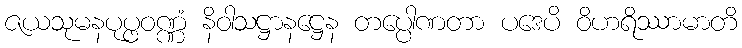
ဇယသုမနပုပ္ဖဝဏ္ဏံ နိဝါသဋ္ဌာနဋ္ဌေန တပ္ပေါဏတာ ပဒေပိ ဝိဟရိဿာမာတိ